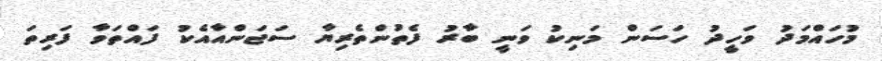
މުހައްމަދު ވަހީދު ހަސަން މަނިކު ވަނީ ބާރު ފެތުންތެރިޔާ ސަޖަންއާއެކު ފައްތަވާ ފަރިތަ